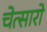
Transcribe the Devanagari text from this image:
चेत्सारो